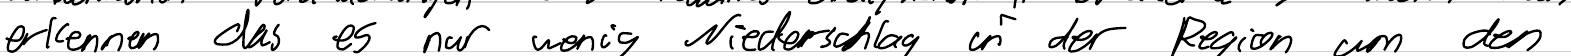
erkennen das es nur wenig Niederschlag in der Region um den